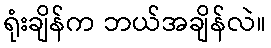
ရုံးချိန်က ဘယ်အချိန်လဲ။